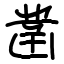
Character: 凿